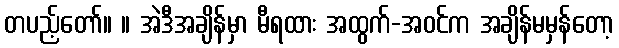
တပည့်တော်။ ။ အဲဒီအချိန်မှာ မီရထား အထွက်-အဝင်က အချိန်မမှန်တော့